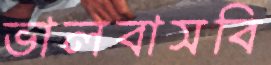
ভালবাসবি